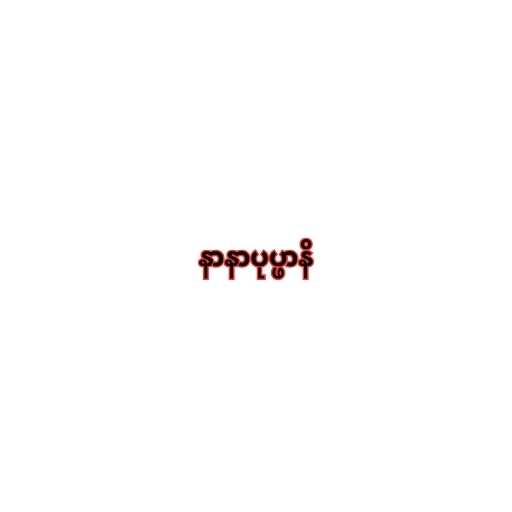
နာနာပုပ္ဖာနိ